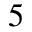
5